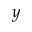
y